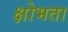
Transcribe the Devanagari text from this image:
क्षोभता